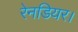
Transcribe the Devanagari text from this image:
रेनडियर।